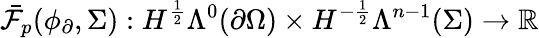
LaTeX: \bar{\mathcal{F}}_{p}(\phi_{\partial},\Sigma):H^{\frac{1}{2}}\Lambda^{0}(\partial\Omega)\times H^{-\frac{1}{2}}\Lambda^{n-1}(\Sigma)\to\mathbb{R}